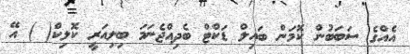
އެއްގެ ސަބަބުން ކޮމަން ބައިލް ޑަކްޓް ބެދިއްޖެނަމަ ބިލިއަރީ ކޮލިކް( ) އޭ